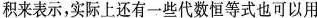
积来表示，实际上还有一些代数恒等式也可以用